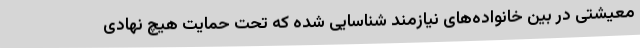
معیشتی در بین خانواده‌های نیازمند شناسایی شده که تحت حمایت هیچ نهادی